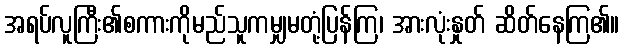
အရပ်လူကြီး၏စကားကိုမည်သူကမျှမတုံ့ပြန်ကြ၊ အားလုံးနှုတ် ဆိတ်နေကြ၏။